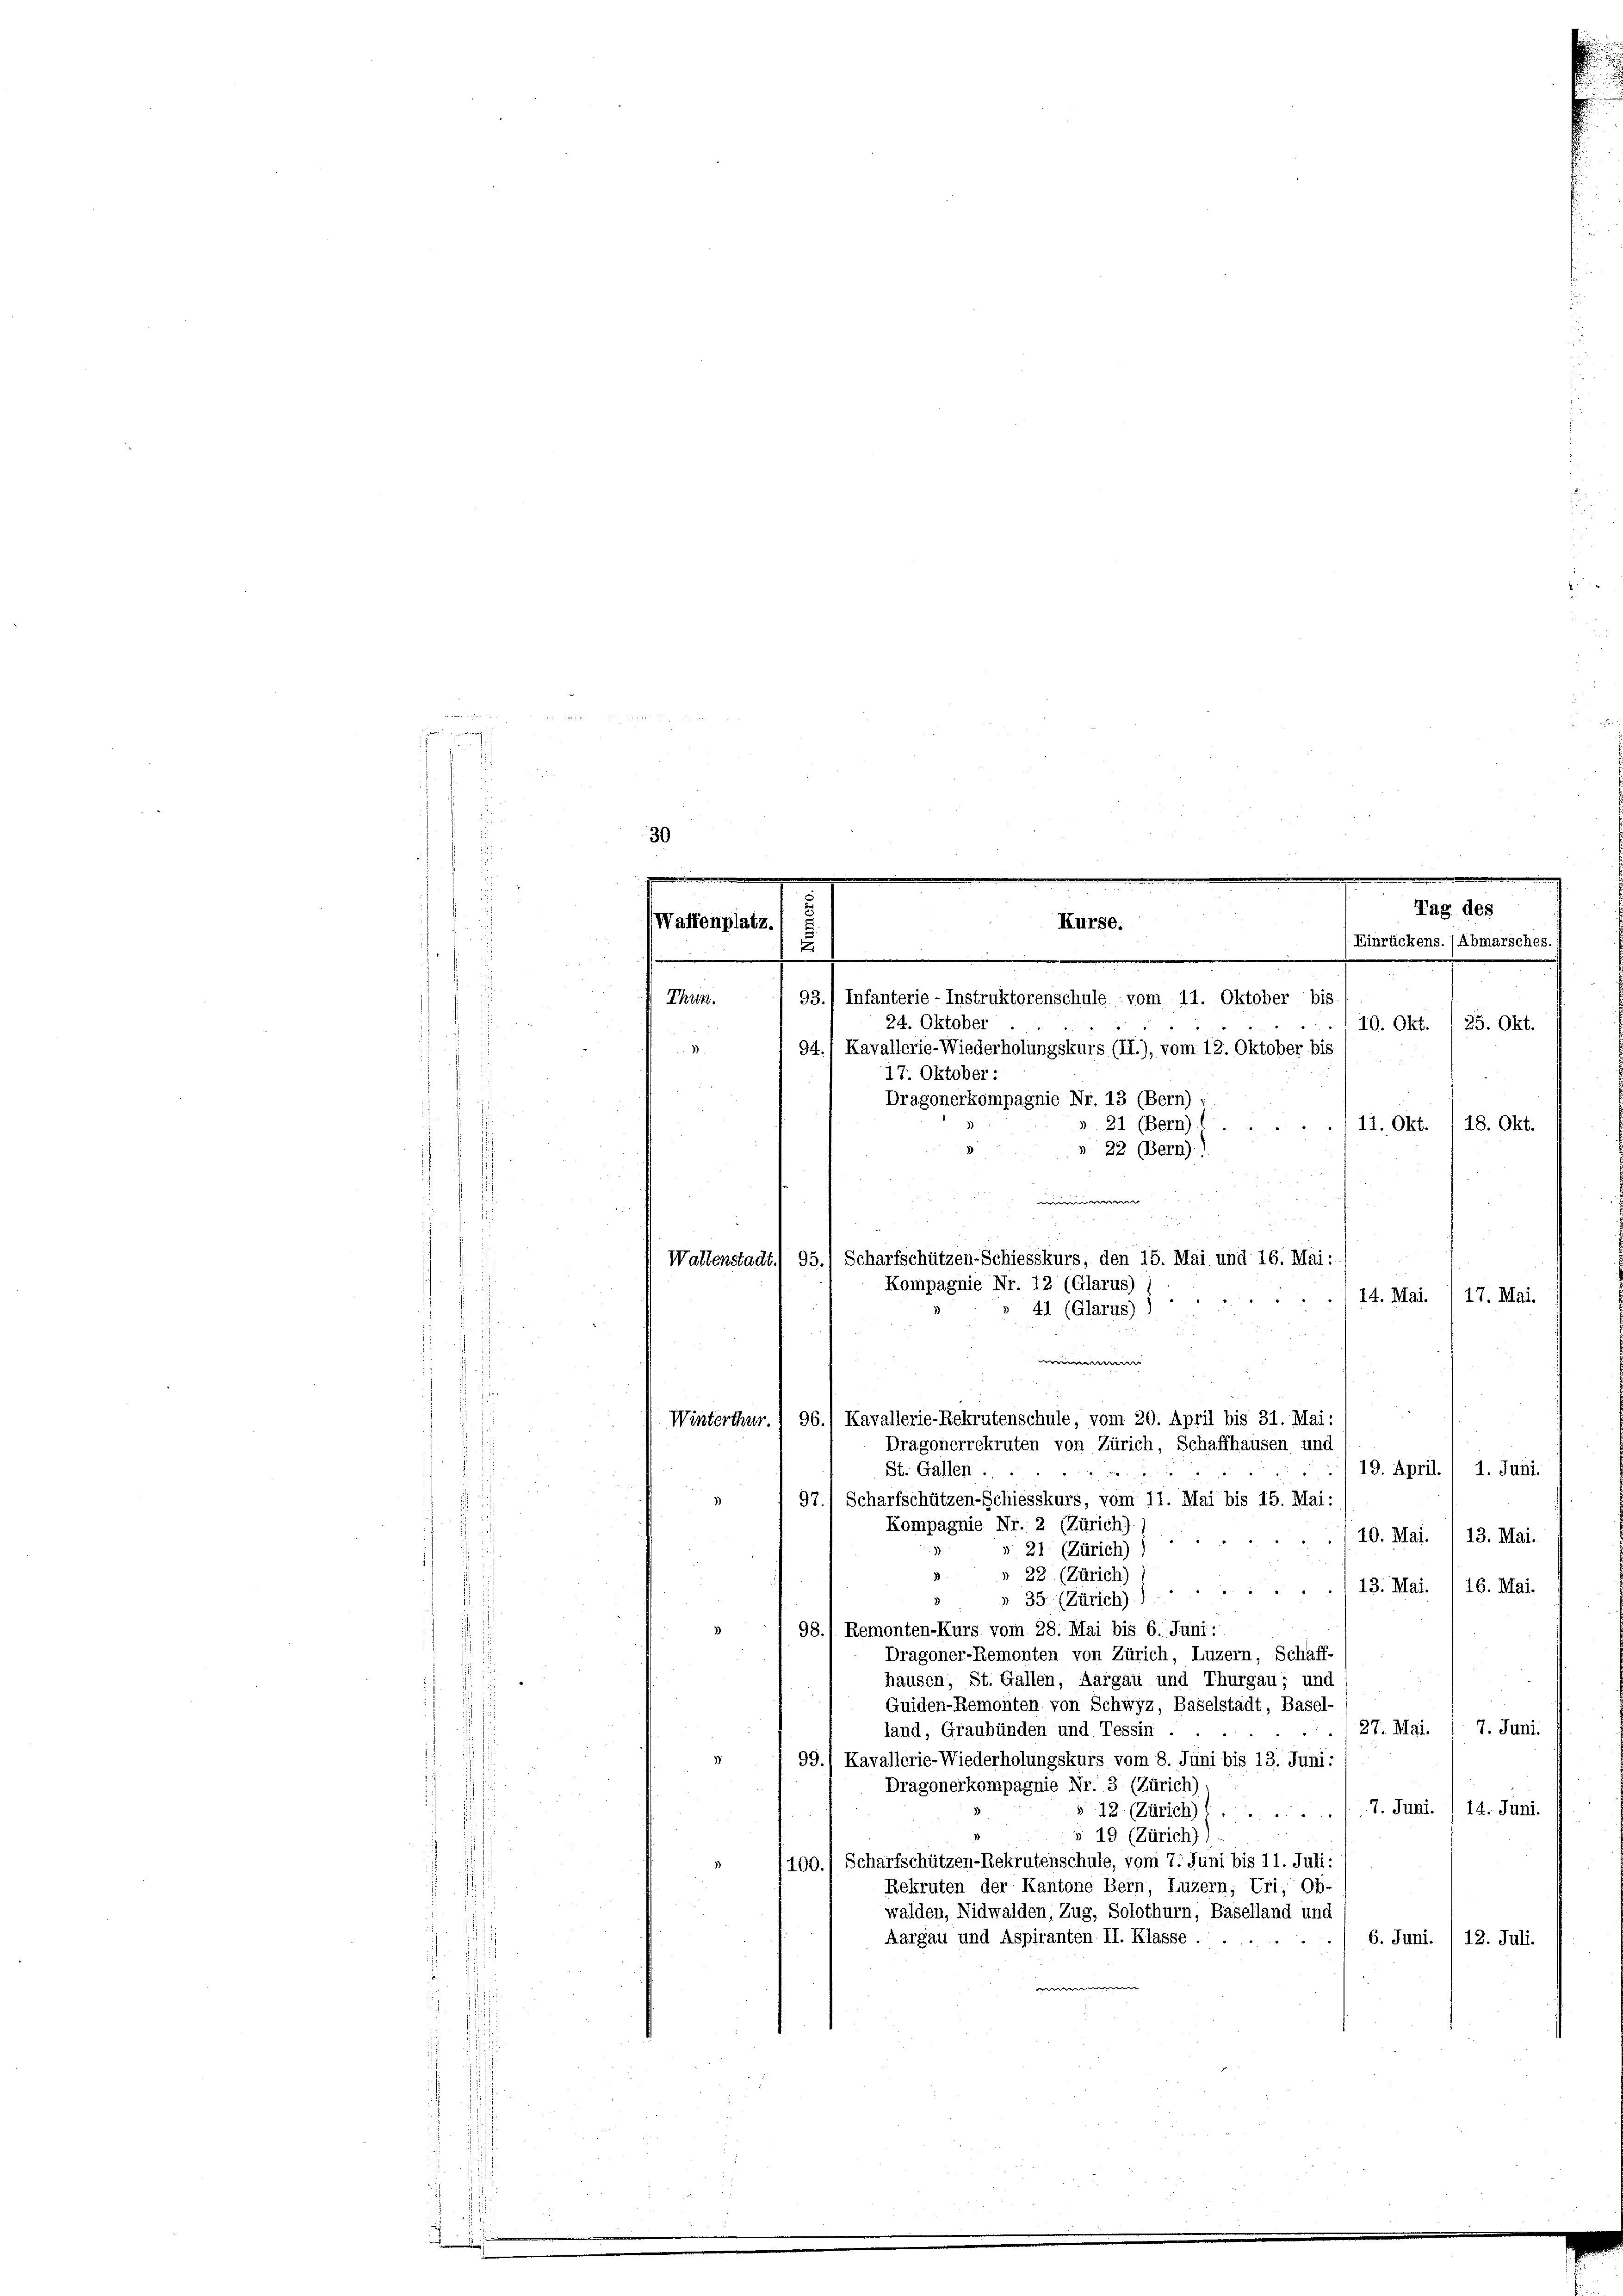
n

f
s

der

93.) Infanterie-Instruktorenschule vom 11. Oktober bis
24. Oktober
10. Okt. 1 25. Okt.
1.
94.) Kavallerie-Wiederholungskurs (II.), vom 12. Oktober bis
17. Oktober:
Dragonerkompagnie Nr. 13 (Bern)
11. Okt. 18. Okt.
21 (Bern)
s. 22 (Bern)
w
17. Mai.
Winterthur.
19. April. / 1. Juni.
St. Gallen.
2
97.) Scharfschützen-Schiesskurs, vom 11. Mai bis 15. Mai:
Kompagnie Nr. 2 (Zürich).
10. Mai. / 13. Mai.
» 21 (Zürich)
» 22 (Zürich)
13. Mai. I 16. Mai.

» 35. (Zürich) 1
98.1 Remonten-Kurs vom 28. Mai bis 6. Juni:
Dragoner-Remonten von Zürich, Luzern, Schaff-
hausen, St. Gallen, Aargau und Thurgau; und
Guiden-Remonten von Schwyz, Baselstadt, Basel-
(27. Mai.
7. Juni.
land, Graubünden und Tessin
99.) Kavallerie-Wiederholungskurs vom 8. Juni bis 13. Juni:
Dragonerkompagnie Nr. 3 (Zürich)
7. Juni. / 14. Juni.
12 (Zürich)
§ 19 (Zürich),
100.) Scharfschützen-Rekrutenschule, vom 7. Juni bis 11. Juli:
Rekruten der Kantone Bern, Luzern, Uri, Ob-
walden, Nidwalden, Zug, Solothurn, Baselland und
Aargau und Aspiranten II. Klasse .....
6. Juni. /12. Juli.
e

Waffenplatz.

Thun.

u

¬
Kurse:

u
Wallenstadt. 95.) Scharfschützen-Schiesskurs, den 15. Mai und 16. Mai:
Kompagnie Nr. 12 (Glarus)
... 14. Mai.
41 (Glarus)
e
Kavallerie-Rekrutenschule, vom 20. April bis 31. Mai:
96
Dragonerrekruten von Zürich, Schaffhausen und

Tag des
Einrückens. (Abmarsches.